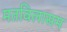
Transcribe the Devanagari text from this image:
मतविलासम